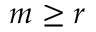
m \geq r